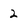
Character: 2